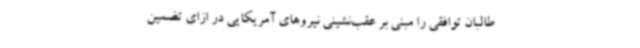
طالبان توافقی را مبنی بر عقب‌نشینی نیروهای آمریکایی در ازای تضمین